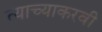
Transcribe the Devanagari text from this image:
त्याच्याकरवी